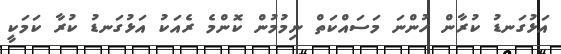
އަޅުގަނޑު ކުރާން ހުންނަ މަސައްކަތް ނިމުމުން ކޮންމެ ރެއަކު އަޅުގަނޑު ކުރާ ކަމަކީ